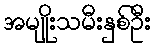
အမျိုးသမီးနှစ်ဦး